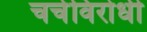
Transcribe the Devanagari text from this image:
चर्चविरोधी